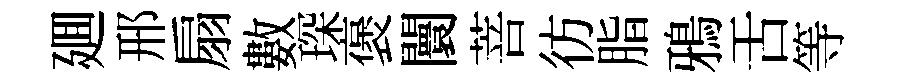
廽邢扇數琛褒闤菩彷脂鴉舌等